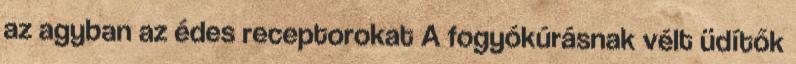
az agyban az édes receptorokat A fogyókúrásnak vélt üdítők